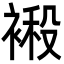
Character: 𮖙